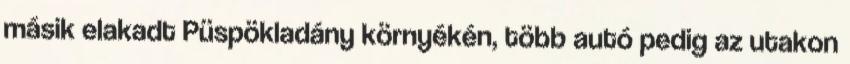
másik elakadt Püspökladány környékén, több autó pedig az utakon